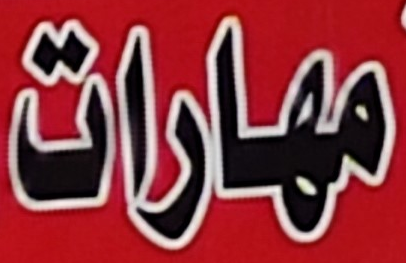
مهارات